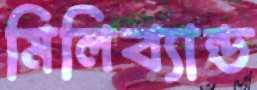
মিলিব্যান্ড